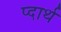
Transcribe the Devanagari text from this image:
प्दार्थ